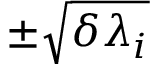
\pm \sqrt { \delta \lambda _ { i } }